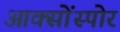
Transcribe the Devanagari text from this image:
आक्सोंस्पोर